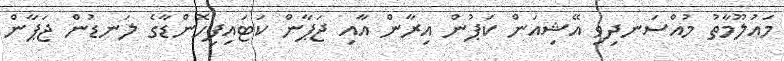
މައުލޫމާތު މުއްސަނދިވި އޭޝިއަން ކަޕުން އިރާން އާއި ޖަޕާން ކަޓައިފިހޮންޑާގެ ލަނޑުން ޖަޕާން